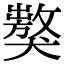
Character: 𤢝